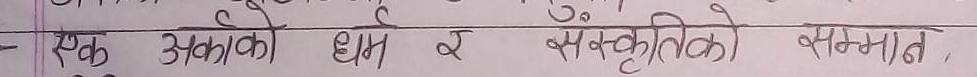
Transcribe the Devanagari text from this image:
एक अकाको धाम र संस्कृतिको सम्मान,